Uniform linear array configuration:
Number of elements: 12
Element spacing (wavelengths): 0.5
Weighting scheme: cosine
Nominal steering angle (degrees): -45
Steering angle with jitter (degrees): -45.143
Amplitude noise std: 0.05
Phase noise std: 0.05

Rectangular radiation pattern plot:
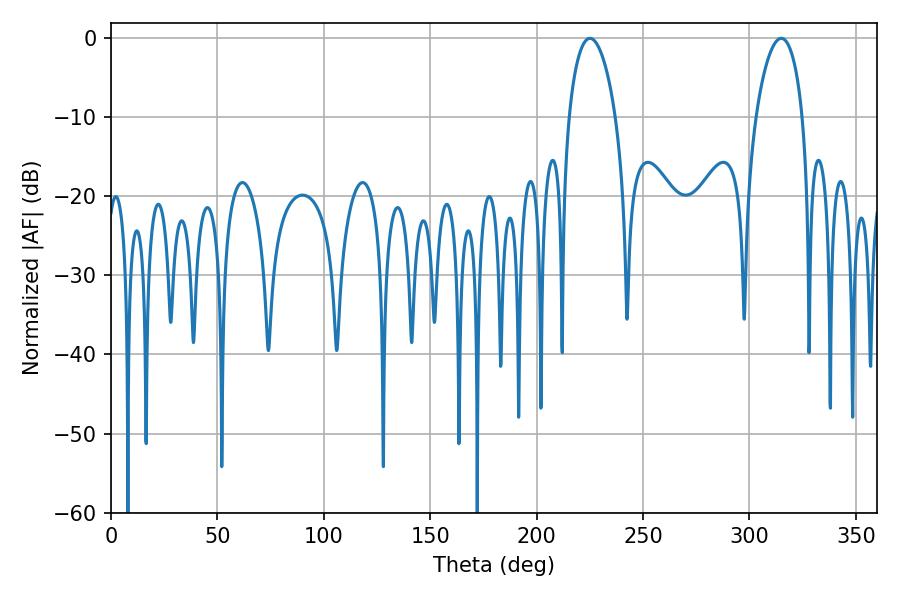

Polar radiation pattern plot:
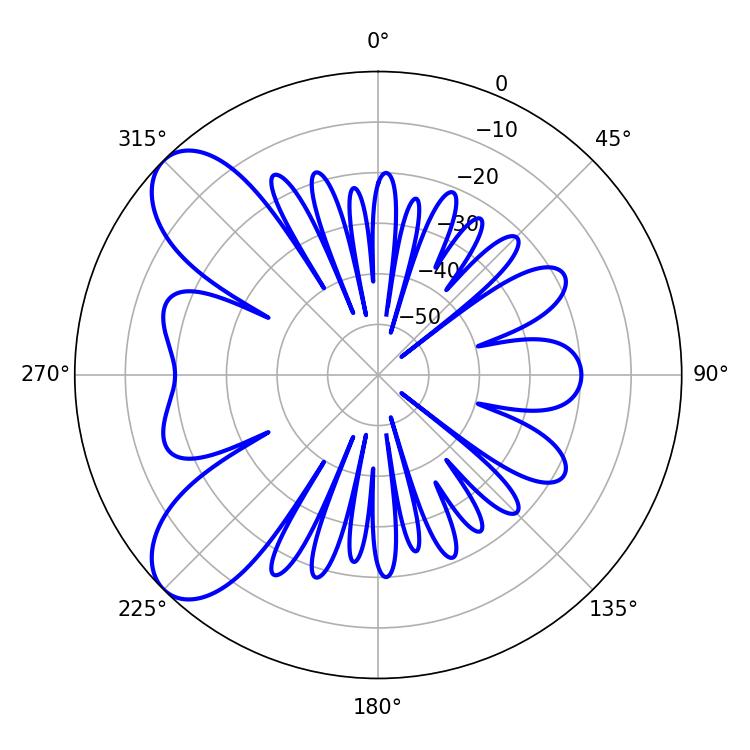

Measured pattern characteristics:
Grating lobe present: FALSE
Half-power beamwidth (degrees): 12.42
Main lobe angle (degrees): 225